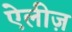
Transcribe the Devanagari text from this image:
ऐलीज़